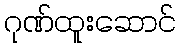
ဂုဏ်ထူးဆောင်